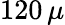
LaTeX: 120\, \mu